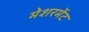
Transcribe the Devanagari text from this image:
मेशरमेंट